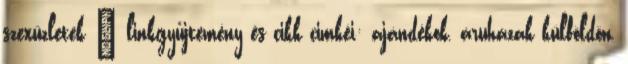
szexüzletek – linkgyűjtemény és cikk cimkéi: ajándékok, áruházak külföldön,